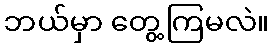
ဘယ်မှာ တွေ့ကြမလဲ။